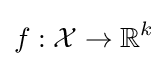
f:{\mathcal {X}}\rightarrow \mathbb {R} ^{k}